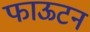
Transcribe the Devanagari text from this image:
फाऊटन